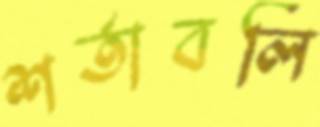
শর্তাবলি